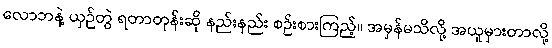
လောဘနဲ့ ယှဉ်တွဲ ရတာတုန်းဆို နည်းနည်း စဉ်းစားကြည့်။ အမှန်မသိလို့ အယူမှားတာလို့